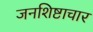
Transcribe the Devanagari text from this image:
जनशिष्टाचार